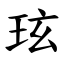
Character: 玹